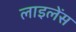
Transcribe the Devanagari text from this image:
लाइलेंस